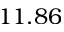
1 1 . 8 6